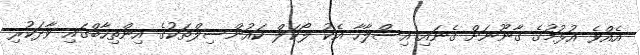
އެއްވެ އުޅުމުގެ ގާނޫނަށް ގެނައި އިސްލާހާ އެކު ލޯކަލް ކައުންސިލްތަކުގެ އިންތިހާބްގައި ވާދަކުރި